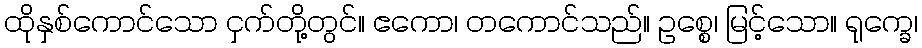
ထိုနှစ်ကောင်သော ငှက်တို့တွင်။ ဧကော၊ တကောင်သည်။ ဥစ္စေ၊ မြင့်သော။ ရုက္ခေ၊